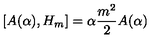
\left[ A ( \alpha ) , H _ { m } \right] = \alpha { \frac { m ^ { 2 } } { 2 } } A ( \alpha )